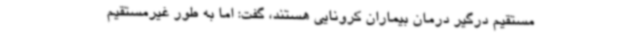
مستقیم درگیر درمان بیماران کرونایی هستند، گفت: اما به طور غیرمستقیم